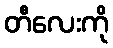
တီလေးကို